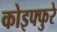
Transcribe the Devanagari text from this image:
कोइफ्फुरे